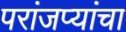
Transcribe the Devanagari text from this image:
परांजप्यांचा